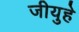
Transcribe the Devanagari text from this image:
जीयुहे